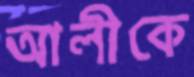
আলীকে